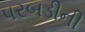
પરબડીની